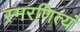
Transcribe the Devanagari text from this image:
स्मरणित्यं